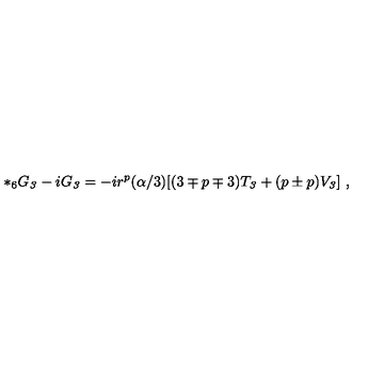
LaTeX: { * _ { 6 } } G _ { \it 3 } - i G _ { \it 3 } = - i r ^ { p } ( \alpha / 3 ) [ ( 3 \mp p \mp 3 ) T _ { \it 3 } + ( p \pm p ) V _ { \it 3 } ] \ ,